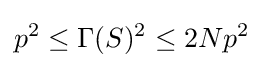
p^{2}\leq \Gamma (S)^{2}\leq 2Np^{2}